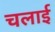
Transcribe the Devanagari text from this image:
चलार्इ